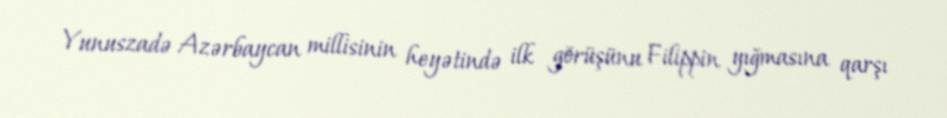
Yunuszadə Azərbaycan millisinin heyətində ilk görüşünu Filippin yığmasına qarşı